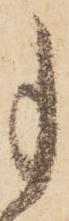
事